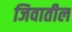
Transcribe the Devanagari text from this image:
जिवातील